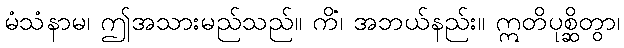
မံသံနာမ၊ ဤအသားမည်သည်။ ကိံ၊ အဘယ်နည်း။ ဣတိပုစ္ဆိတွာ၊